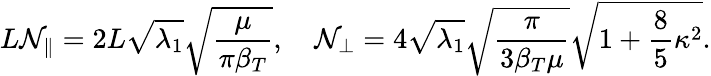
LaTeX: L{\cal N}_{\parallel}=2L\sqrt{\lambda_{1}}\sqrt{\frac{\mu}{\pi\beta_{T}}},\quad{\cal N}_{\perp}=4\sqrt{\lambda_{1}}\sqrt{\frac{\pi}{3\beta_{T}\mu}}\sqrt{1+\frac 85\kappa^{2}}.